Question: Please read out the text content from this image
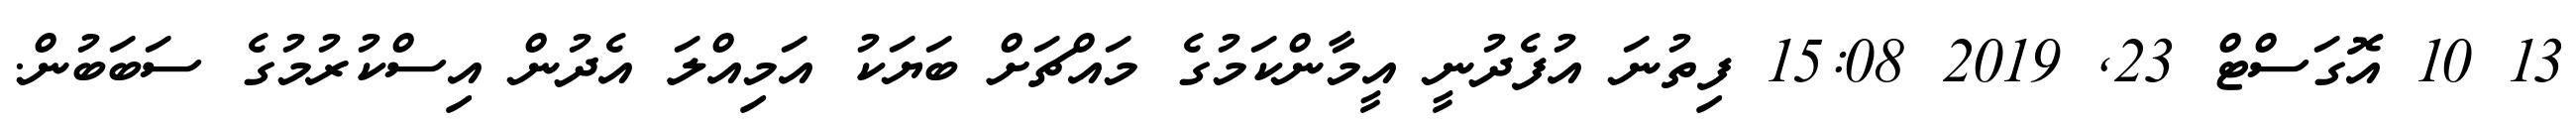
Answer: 13 10 އޮގަސްޓް 23, 2019 15:08 ފިތުނަ އުފެދުނީ އީމާންކަމުގެ މައްޗަށް ބަޔަކު އަމިއްލަ އެދުން އިސްކުރުމުގެ ސަބަބުން.